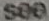
see